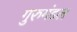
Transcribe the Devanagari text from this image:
गुरुमंडल